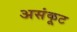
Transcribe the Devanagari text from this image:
असंकूट